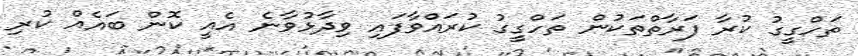
ތަހްގީގު ކުރާ ފަރާތްތަކުން ތަހްގީގު ކުރައްވާފައި ވިދާޅުވާނެ އެއީ ކޮން ބައެއް ކުރި